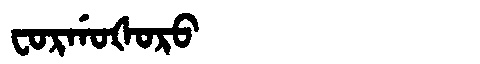
Manchu: ᠸᠣᡵᡤᠣᡧᠣᡵᠣ
Romanization: FORGOŠORO